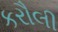
કરૌલી